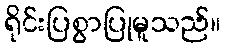
ရိုင်းပြစွာပြုမူသည်။